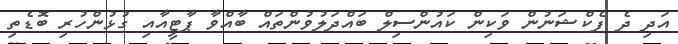
އަދި ދެ ފެކްޝަނުން ވަކިން ކައުންސިލް ބައްދަލުވުންތައް ބާއްވާ ޕާޓީއާއި ގުޅުންހުރި ބޮޑެތި